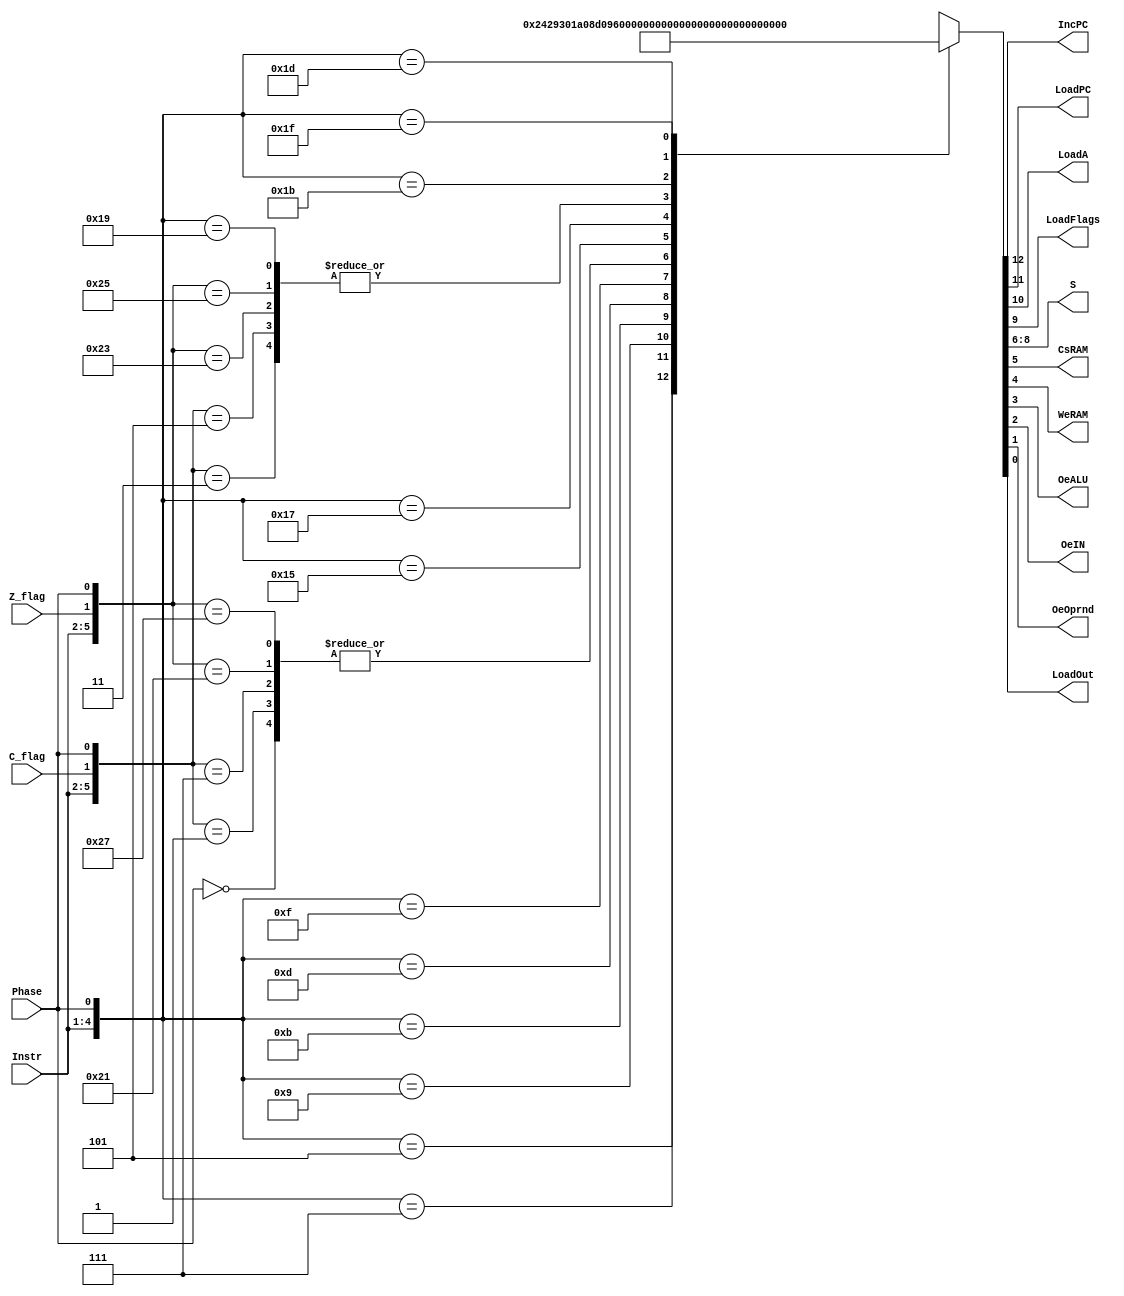
// Univeridad del Valle de Guatemala
// Proyecto final, Procesador
// Estephan Portales
// 19826

module  decode(/* Entradas*/
               C_flag,
               Z_flag,
               Phase,
               Instr,
               /*Salidas*/
               IncPC,
               LoadPC,
               LoadA,
               LoadFlags,
               S,
               CsRAM,
               WeRAM,
               OeALU,
               OeIN,
               OeOprnd,
               LoadOut
               );
// configuracin de las entradas y salidas
input wire C_flag,Z_flag,Phase;
input wire [3:0] Instr;

output wire IncPC,LoadPC,LoadA,LoadFlags,CsRAM,WeRAM,OeALU,OeIN,OeOprnd,LoadOut;
output wire [2:0] S;
wire [6:0] Entradas;
reg [12:0] Salidas;
// Concatenamos los valores para poder hacer la entrada a el decode juntando C, Z, Phase y la Instruccion(Instr)
assign Entradas = {Instr,C_flag,Z_flag,Phase};
// Si Activarse con alguno de los valores de las entradas
always @(Instr or C_flag or Z_flag or Phase)
casez(Entradas)
// Todas la instrucciones que se presentan en la tabla, la entrada e es de 7 bits y la salida es de 13 bits, las activan todos lo mdulos
7'b??????0: Salidas <= 13'b1000000001000;//any
7'b00001?1: Salidas <= 13'b0100000001000;//JC
7'b00000?1: Salidas <= 13'b1000000001000;//JC
7'b00011?1: Salidas <= 13'b1000000001000;//JNC
7'b00010?1: Salidas <= 13'b0100000001000;//JNC
7'b0010??1: Salidas <= 13'b0001001000010;//CMPI
7'b0011??1: Salidas <= 13'b1001001100000;//CMPM
7'b0100??1: Salidas <= 13'b0011010000010;//LIT
7'b0101??1: Salidas <= 13'b0011010000100;//IN
7'b0110??1: Salidas <= 13'b1011010100000;//LD
7'b0111??1: Salidas <= 13'b1000000111000;//ST
7'b1000?11: Salidas <= 13'b0100000001000;//JZ
7'b1000?01: Salidas <= 13'b1000000001000;//JZ
7'b1001?11: Salidas <= 13'b1000000001000;//JNZ
7'b1001?01: Salidas <= 13'b0100000001000;//JNZ
7'b1010??1: Salidas <= 13'b0011011000010;//ADDI
7'b1011??1: Salidas <= 13'b1011011100000;//ADDM
7'b1100??1: Salidas <= 13'b0100000001000;//JMP
7'b1101??1: Salidas <= 13'b0000000001001;//OUT
7'b1110??1: Salidas <= 13'b0011100000010;//NANI
7'b1111??1: Salidas <= 13'b1011100100000;//NANDM
default: Salidas <= 13'b0000000000000;// Desactivo todo  (aunque quizs no llegu a pasar)




endcase
// Asignamos a capa salida un bit de la variable "Salidas" segn el orden de la tabla
assign  IncPC =  Salidas[12];
assign  LoadPC =  Salidas[11];
assign  LoadA =  Salidas[10];
assign  LoadFlags =  Salidas[9];
assign  S =  Salidas[8:6];
assign  CsRAM =  Salidas[5];
assign  WeRAM =  Salidas[4];
assign  OeALU =  Salidas[3];
assign  OeIN =  Salidas[2];
assign  OeOprnd =  Salidas[1];
assign  LoadOut=  Salidas[0];

endmodule